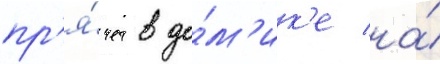
пр'я́чет в до́м'ик'е на́